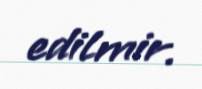
edilmir.